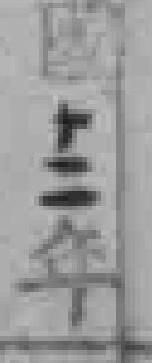
國十二年